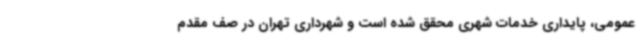
عمومی، پایداری خدمات شهری محقق شده است و شهرداری تهران در صف مقدم